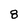
Character: 8